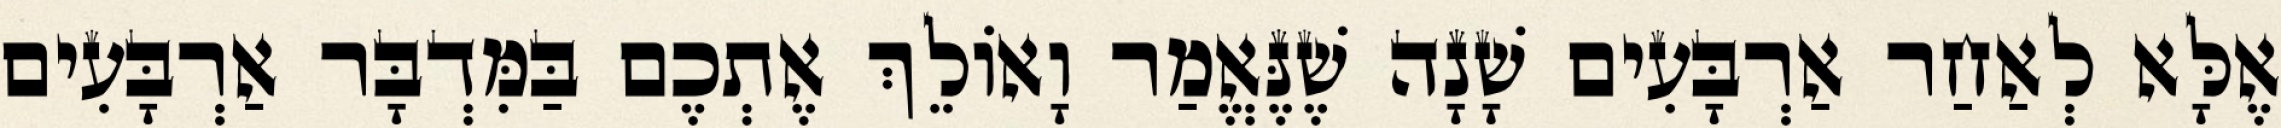
אֶלָּא לְאַחַר אַרְבָּעִים שָׁנָה שֶׁנֶּאֱמַר וָאוֹלֵךְ אֶתְכֶם בַּמִּדְבָּר אַרְבָּעִים